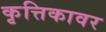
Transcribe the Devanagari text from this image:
कृत्तिकावर